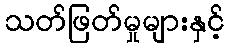
သတ်ဖြတ်မှုများနှင့်